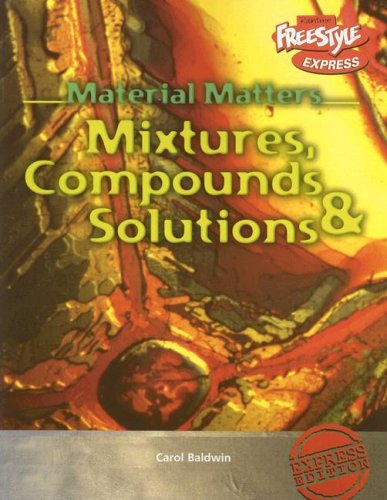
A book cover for Mixtures, Compounds & Solutions (Material Matters); Carol Baldwin; Children's Books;